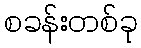
စခန်းတစ်ခု